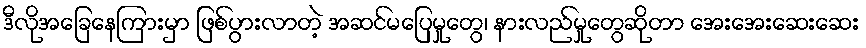
ဒီလိုအခြေနေကြားမှာ ဖြစ်ပွားလာတဲ့ အဆင်မပြေမှုတွေ၊ နားလည်မှုတွေဆိုတာ အေးအေးဆေးဆေး